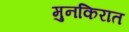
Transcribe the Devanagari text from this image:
मुनकिरात